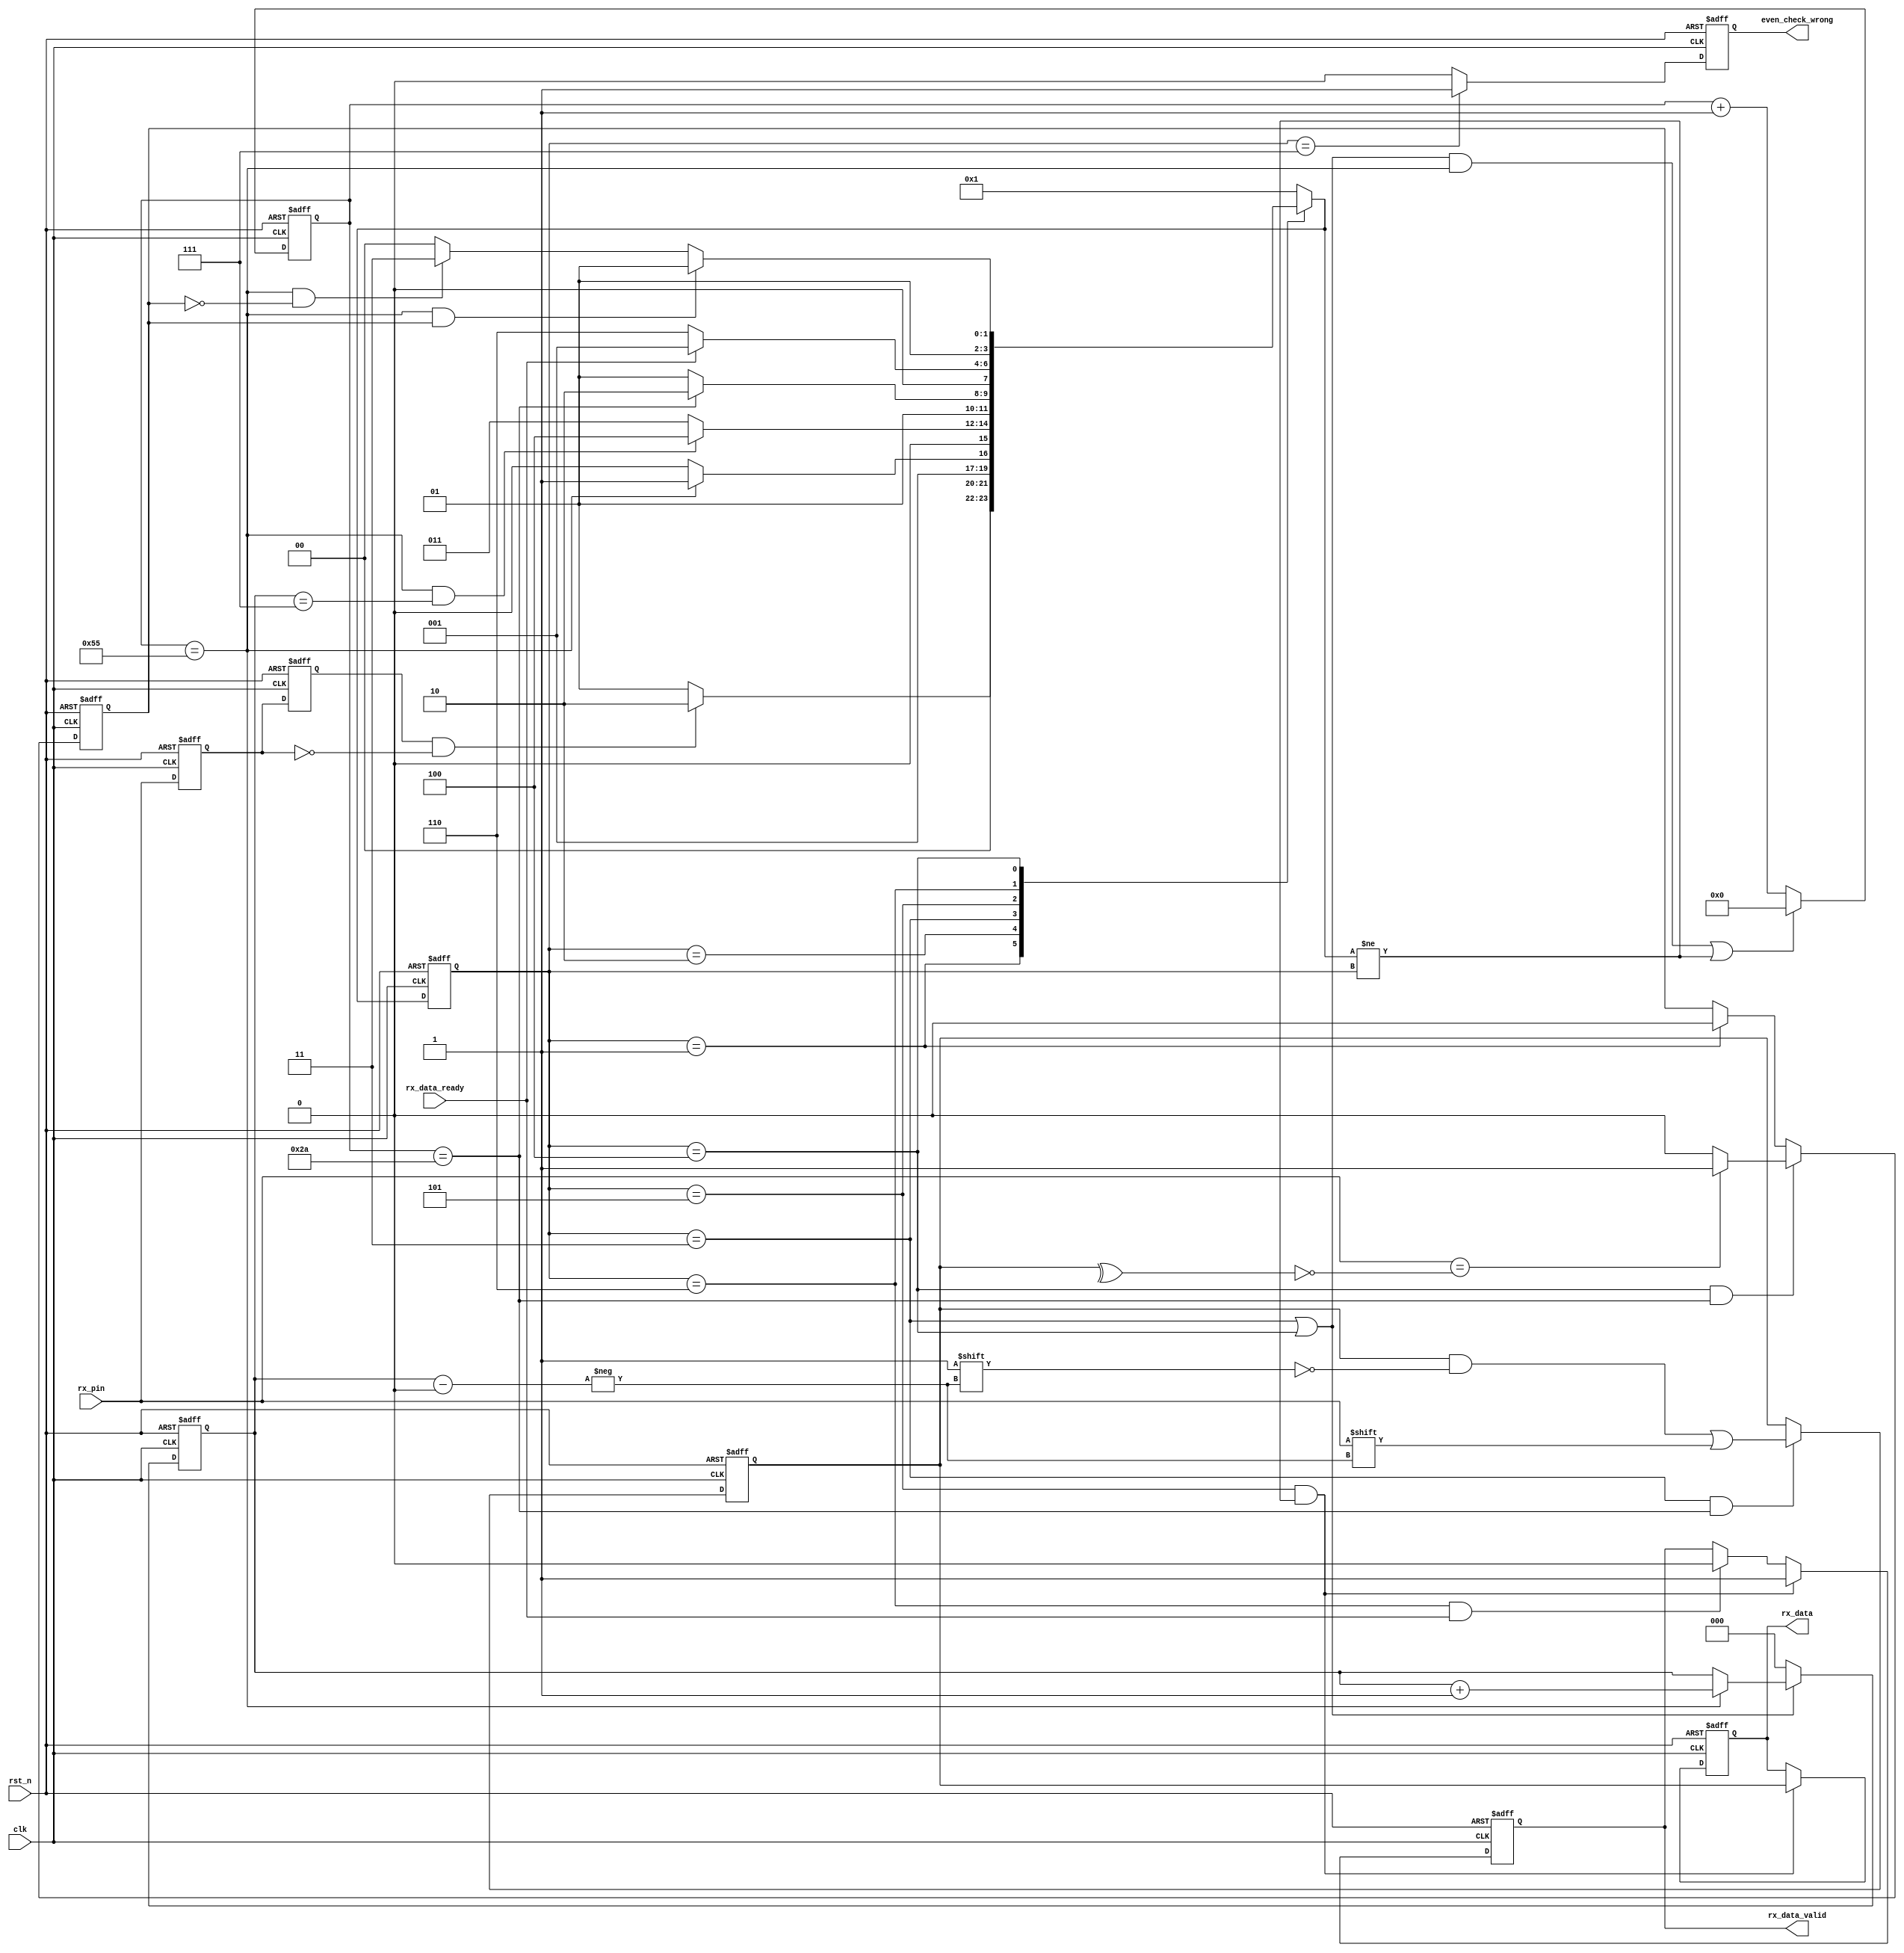
`timescale 1ns / 1ps
//////////////////////////////////////////////////////////////////////////////////
// Company: 
// Engineer: 
// 
// Design Name: 
// Module Name: uart_rx_even_check
// Project Name: 
// Target Devices: 
// Tool Versions: 
// Description: 
// 
// Dependencies: 
// 
// Revision:
// Revision 0.01 - File Created
// Additional Comments:
// 
//////////////////////////////////////////////////////////////////////////////////


module uart_rx_even_check
#(
	parameter CLK_FRE = 40,      //clock frequency(Mhz)
	parameter BAUD_RATE =460800 //serial baud rate
	//parameter BAUD_RATE =115200
)
(
	input                        clk,              //clock input
	input                        rst_n,            //asynchronous reset input, low active 
	output reg[7:0]              rx_data=0,          //received serial data
	output reg                   rx_data_valid=0,    //received serial data is valid
	input                        rx_data_ready,    //data receiver module ready
	input                        rx_pin   ,         //serial data input
	output reg                 even_check_wrong=0
);
//calculates the clock cycle for baud rate 
localparam                       CYCLE = CLK_FRE * 1000000 / BAUD_RATE;
//state machine code
localparam                       S_IDLE      = 4'd1;
localparam                       S_START     = 4'd2; //start bit
localparam                       S_REC_BYTE  = 4'd3; //data bits
localparam                       S_REC_EVEN_CHECK  =4'd4; //data bits
localparam                       S_STOP      =4'd5; //stop bit
localparam                       S_DATA      = 4'd6;
localparam                       S_EVEN_CHECK_WRONG      = 4'd7;
reg[3:0]                         state=4'd1;
reg[3:0]                         next_state;
reg                              rx_d0;            //delay 1 clock for rx_pin
reg                              rx_d1;            //delay 1 clock for rx_d0
wire                             rx_negedge;       //negedge of rx_pin
reg[7:0]                         rx_bits=0;          //temporary storage of received data
reg[15:0]                        cycle_cnt=0;        //baud counter
reg[2:0]                         bit_cnt=0;          //bit counter
reg                             data_valid=0;
assign rx_negedge = rx_d1 && ~rx_d0;

always@(posedge clk or negedge rst_n)
begin
	if(rst_n == 1'b0)
	begin
		rx_d0 <= 1'b0;
		rx_d1 <= 1'b0;	
	end
	else
	begin
		rx_d0 <= rx_pin;
		rx_d1 <= rx_d0;
	end
end


always@(posedge clk or negedge rst_n)
begin
	if(rst_n == 1'b0)
		state <= S_IDLE;
	else
		state <= next_state;
end

always@(*)
begin
	case(state)
		S_IDLE:
			if(rx_negedge)
				next_state <= S_START;
			else
				next_state <= S_IDLE;
		S_START:
			if(cycle_cnt == CYCLE - 1)//one data cycle 
				next_state <= S_REC_BYTE;
			else
				next_state <= S_START;
		S_REC_BYTE:
			if(cycle_cnt == CYCLE - 1  && bit_cnt == 3'd7)  //receive 8bit data
				next_state <= S_REC_EVEN_CHECK;
			else
				next_state <= S_REC_BYTE;
		S_STOP:
			if(cycle_cnt == CYCLE/2 - 1)//half bit cycle,to avoid missing the next byte receiver
				next_state <= S_DATA;
			else
				next_state <= S_STOP;
		S_DATA:
			if(rx_data_ready)    //data receive complete
				next_state <= S_IDLE;
			else
				next_state <= S_DATA;
		S_REC_EVEN_CHECK:		
			if(cycle_cnt == CYCLE - 1  && (data_valid) ) //receive 8bit data
            next_state <= S_STOP;	
            else if((cycle_cnt == CYCLE - 1)  && (!data_valid) )
              next_state <= S_EVEN_CHECK_WRONG;	
			else
           next_state <= S_REC_EVEN_CHECK;	
        S_EVEN_CHECK_WRONG:   
           next_state <= S_IDLE;
       
		default:
			next_state <= S_IDLE;
	endcase
end

always@(posedge clk or negedge rst_n)
begin
	if(rst_n == 1'b0)
		rx_data_valid <= 1'b0;
	else if(state == S_STOP && next_state != state)
		rx_data_valid <= 1'b1;
	else if(state == S_DATA && rx_data_ready)
		rx_data_valid <= 1'b0;
end

always@(posedge clk or negedge rst_n)
begin
	if(rst_n == 1'b0)
		rx_data <= 8'd0;
	else if(state == S_STOP && next_state != state)
		rx_data <= rx_bits;//latch received data
end

always@(posedge clk or negedge rst_n)
begin
	if(rst_n == 1'b0)
		begin
			bit_cnt <= 3'd0;
		end
	else if(state == S_REC_BYTE||state ==S_REC_EVEN_CHECK)
		if(cycle_cnt == CYCLE - 1)
			bit_cnt <= bit_cnt + 3'd1;
		else
			bit_cnt <= bit_cnt;
	else
		bit_cnt <= 3'd0;
end


always@(posedge clk or negedge rst_n)
begin
	if(rst_n == 1'b0)
		cycle_cnt <= 16'd0;
	else if((state == S_REC_BYTE||state ==S_REC_EVEN_CHECK) && (cycle_cnt == CYCLE - 1) || next_state != state)
		cycle_cnt <= 16'd0;
	else
		cycle_cnt <= cycle_cnt + 16'd1;	
end
//receive serial data bit data
always@(posedge clk or negedge rst_n)
begin
	if(rst_n == 1'b0)
		rx_bits <= 8'd0;
	else if(state == S_REC_BYTE && cycle_cnt == CYCLE/2 - 1)
		rx_bits[bit_cnt] <= rx_pin;
	else
		rx_bits <= rx_bits; 
end
always@(posedge clk or negedge rst_n)
begin
	if(rst_n == 1'b0)
		data_valid <= 1'd0;
	else if(state == S_REC_EVEN_CHECK && cycle_cnt == CYCLE/2 - 1)
		//if(rx_pin==(^rx_bits))
		if(rx_pin==~(^rx_bits))
		data_valid <= 1'd1;
		else data_valid <= 1'd0;
	else if(state ==S_IDLE)
		data_valid <= 1'd0;
	else 
		data_valid <= data_valid; 
end

always@(posedge clk or negedge rst_n)
begin
	if(rst_n == 1'b0)
		even_check_wrong <= 1'd0;
	else if(state == S_EVEN_CHECK_WRONG)
		
		even_check_wrong <= 1'd1;
		
	else 
	even_check_wrong <= 1'd0;
end

endmodule